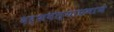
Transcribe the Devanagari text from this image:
दर्शवल्याप्रमाणे